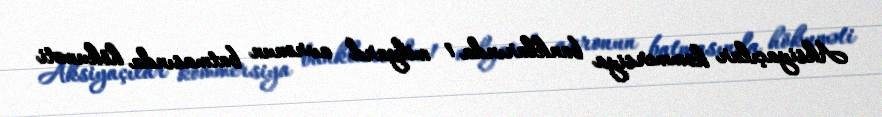
Aksiyaçılar kommersiya banklarında 1 milyard avronun batmasında hökuməti